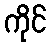
ကိုင်